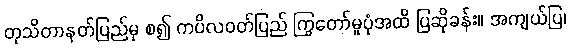
တုသိတာနတ်ပြည်မှ စ၍ ကပိလဝတ်ပြည် ကြွတော်မူပုံအထိ ပြဆိုခန်း။ အကျယ်ပြ၊